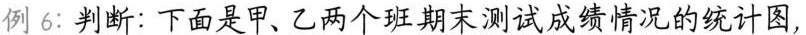
列6：判断：下面是甲、乙两个班期末测试成绩情况根据统计图，